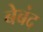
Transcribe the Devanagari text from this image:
बेबंद